Trukikaitis_Postimees, lk 175
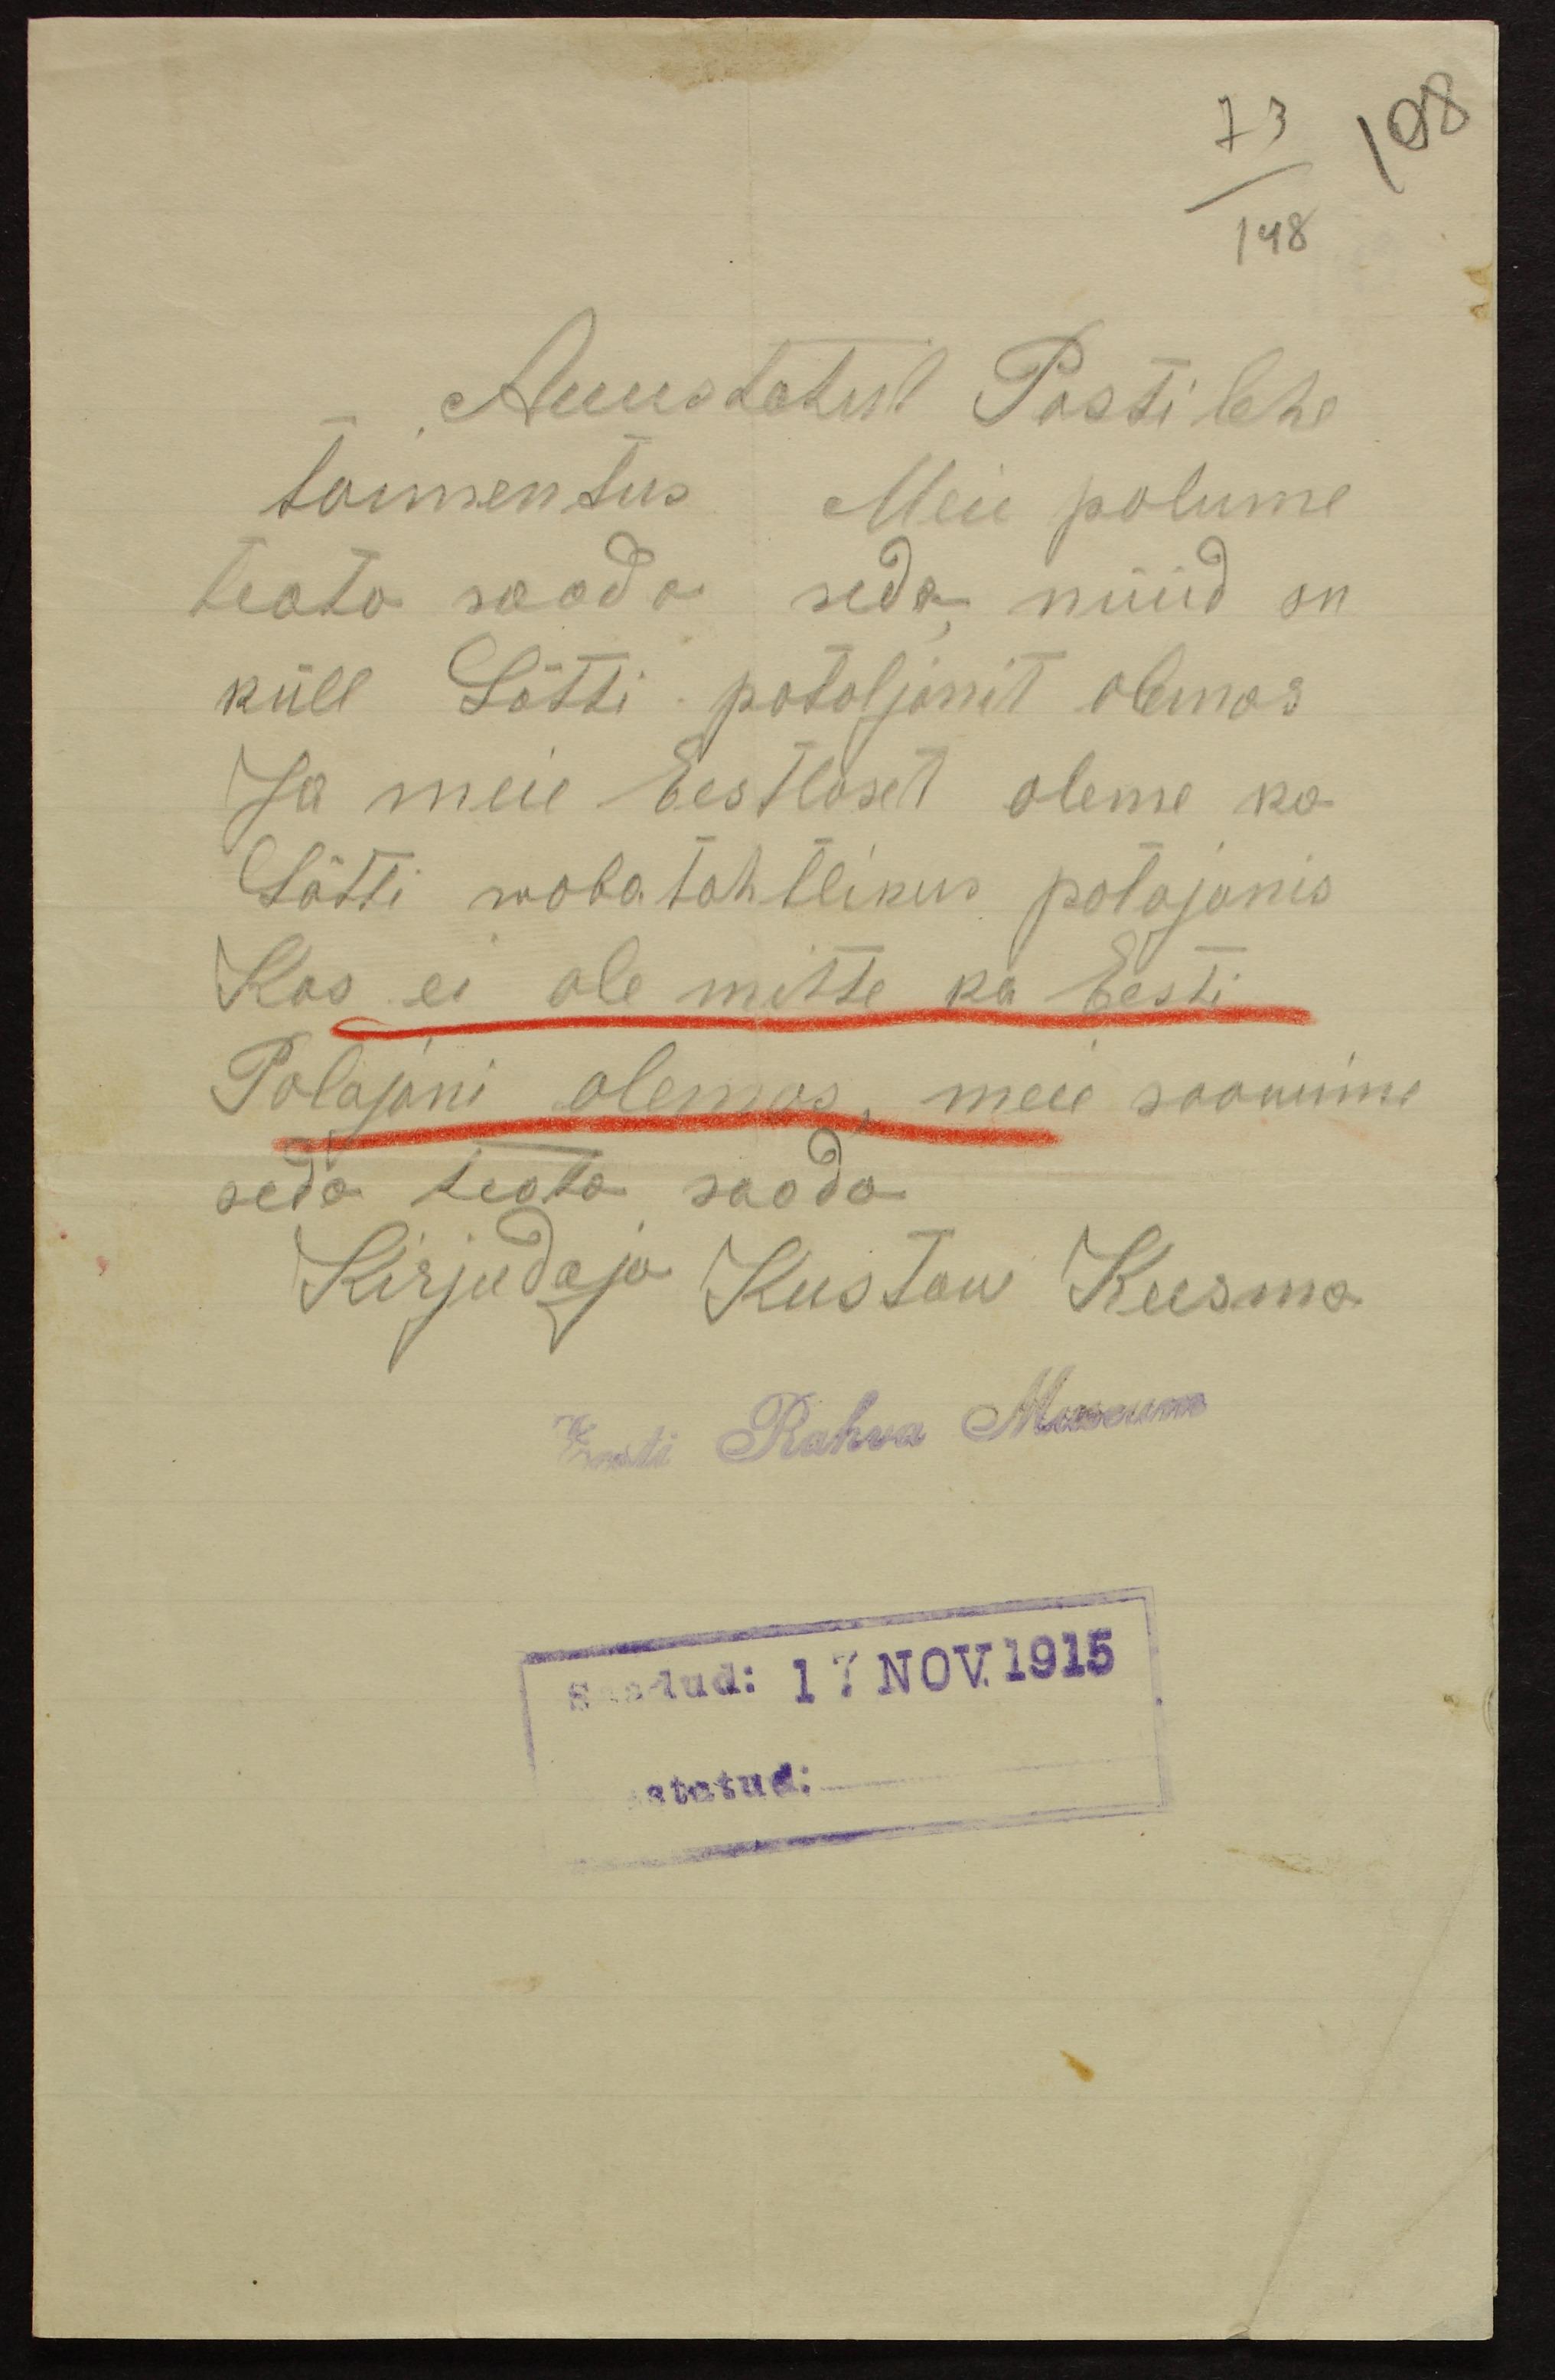
Auustatud Posti lehe
taimentus. Meie palume
teata saada seda nüüd on
küll Lätti pataljonit olemas
Ja meie Eestlaset oleme ka
Lätti wabatahtlikus patajonis
Kas ei ole mitte ka Eesti
Palajoni olemas, meie soowime
seda teata saada.
Kirjudaja Kustaw Kusma
Eesti Rahva Museum
Saadud: 17 NOV. 1915